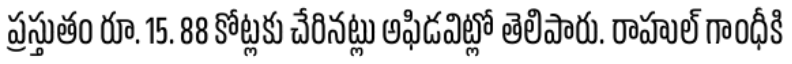
ప్రస్తుతం రూ. 15. 88 కోట్లకు చేరినట్లు అఫిడవిట్లో తెలిపారు. రాహుల్ గాంధీకి